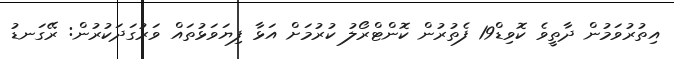
އިތުރުވަމުން ދާތީވެ ކޮވިޑް19 ފެތުރުން ކޮންޓްރޯލު ކުރުމަށް އަޅާ ފިޔަވަޅުތައް ވަރުގަދަކުރުން: ރޭގަނޑު